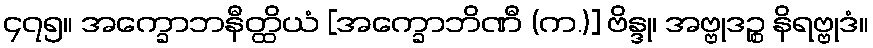
၄၇၅။ အက္ခောဘနီတ္ထိယံ [အက္ခောဘိဏီ (က.)] ဗိန္ဒု၊ အဗ္ဗုဒဉ္စ နိရဗ္ဗုဒံ။